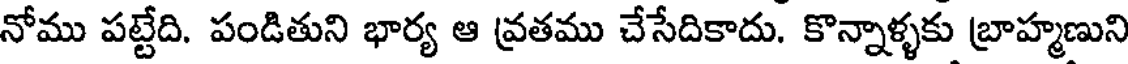
నోము పట్టేది. పండితుని భార్య ఆ వ్రతము చేసేదికాదు. కొన్నాళ్ళకు బ్రాహ్మణుని